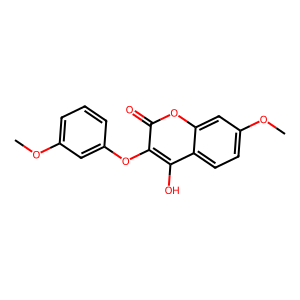
SMILES: COc1cccc(Oc2c(O)c3ccc(OC)cc3oc2=O)c1
Inhibits HIV replication: No